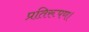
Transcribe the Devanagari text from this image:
प्रतिरूपण।